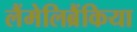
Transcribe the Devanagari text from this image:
लैंमेलिब्रैंकिया